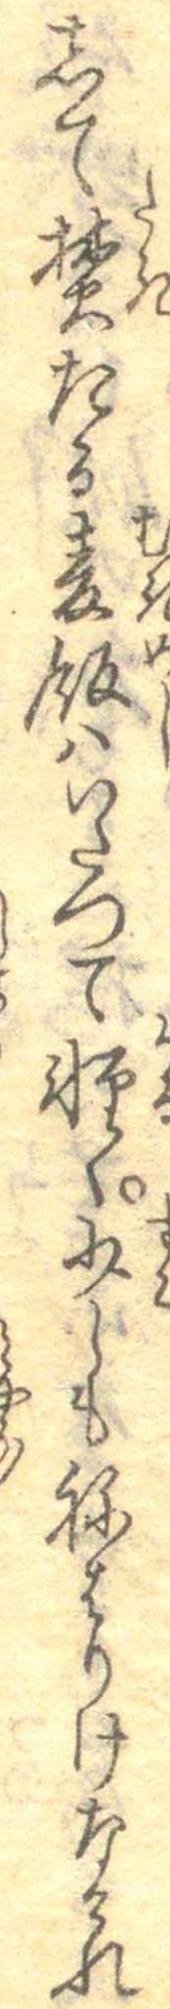
して焚たる麦飯はいたつて軽く少しもねはりけなけれ